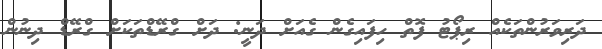
ދަރިވަރުންތަކެއް ރިޕޯޓު ފޮތް ހިފައިގެން ގެއަށް ދަނީ: ދަށް ގްރޭޑްތަކަށް ގްރޭޑް ދިނުން